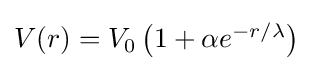
{\textstyle V(r)=V_{0}\left(1+\alpha e^{-r/\lambda }\right)}